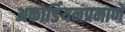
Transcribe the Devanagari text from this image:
अकोर्डियनप्रमाणे